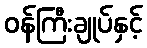
ဝန်ကြီးချုပ်နှင့်